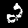
Label: 2